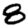
Digit: 8